Annual report on the working of the mental hospitals in the Madras Presidency - 1912-1932
Year: 1912
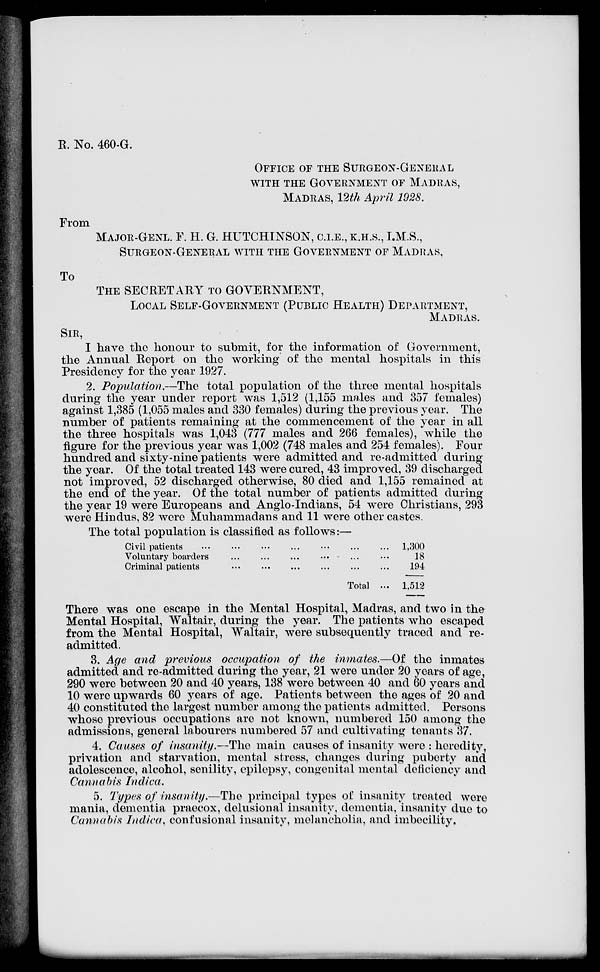
R. No. 460-G.
OFFICE OF THE SURGEON-GENERAL
WITH THE GOVERNMENT OF MADRAS,
MADRAS, 12th April 1928.
From
MAJOR-GENL. F. H. G. HUTCHINSON, C.I.E., K.H.S., I.M.S.,
SURGEON-GENERAL WITH THE GOVERNMENT OF MADRAS,
To
THE SECRETARY TO GOVERNMENT,
LOCAL SELF-GOVERNMENT (PUBLIC HEALTH) DEPARTMENT,
MADRAS.
SIR,
I have the honour to submit, for the information of Government,
the Annual Report on the working of the mental hospitals in this
Presidency for the year 1927.
2. Population.—The total population of the three mental hospitals
during the year under report was 1,512 (1,155 males and 357 females)
against 1,385 (1,055 males and 330 females) during the previous year. The
number of patients remaining at the commencement of the year in all
the three hospitals was 1,043 (777 males and 266 females), while the
figure for the previous year was 1,002 (748 males and 254 females). Four
hundred and sixty-nine patients were admitted and re-admitted during
the year. Of the total treated 143 were cured, 43 improved, 39 discharged
not improved, 52 discharged otherwise, 80 died and 1,155 remained at
the end of the year. Of the total number of patients admitted during
the year 19 were Europeans and Anglo-Indians, 54 were Christians, 293
were Hindus, 82 were Muhammadans and 11 were other castes.
The total population is classified as follows:—
Civil patients
Voluntary boarders
Criminal patients
...
Total ...
1,300
18
194
1,512
There was one escape in the Mental Hospital, Madras, and two in the
Mental Hospital, Waltair, during the year. The patients who escaped
from the Mental Hospital, Waltair, were subsequently traced and re-
admitted.
3. Age and previous occupation of the inmates.—Of the inmates
admitted and re-admitted during the year, 21 were under 20 years of age,
290 were between 20 and 40 years, 138 were between 40 and 60 years and
10 were upwards 60 years of age. Patients between the ages of 20 and
40 constituted the largest number among the patients admitted. Persons
whose previous occupations are not known, numbered 150 among the
admissions, general labourers numbered 57 and cultivating tenants 37.
4. Causes of insanity.—The main causes of insanity were : heredity,
privation and starvation, mental stress, changes during puberty and
adolescence, alcohol, senility, epilepsy, congenital mental deficiency and
Cannabis Indica.
5. Types of insanity.—The principal types of insanity treated were
mania, dementia praecox, delusional insanity, dementia, insanity due to
Cannabis Indica, confusional insanity, melancholia, and imbecility.